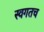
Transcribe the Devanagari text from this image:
स्वगतच